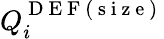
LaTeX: Q_{i}^{\mathrm{~D~E~F~(~s~i~z~e~)~}}